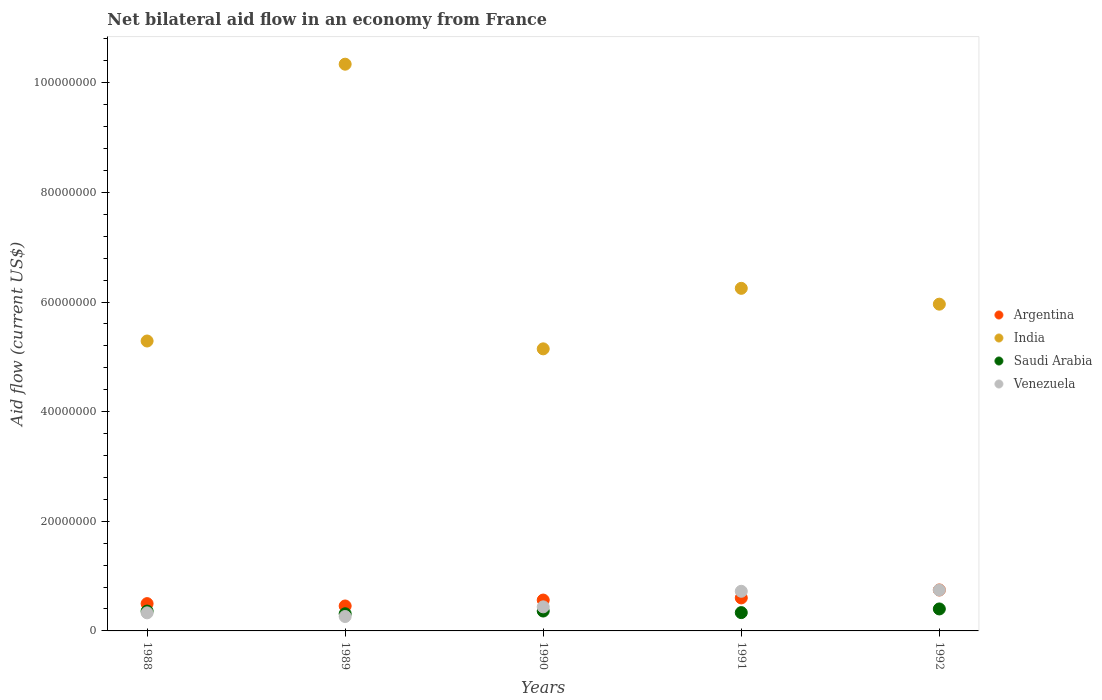
| Years | Argentina | India | Saudi Arabia | Venezuela |
 | --- | --- | --- | --- | --- |
 | 1988 | 4.98e+06 | 5.29e+07 | 3.62e+06 | 3.3e+06 |
 | 1989 | 4.55e+06 | 1.03e+08 | 3.13e+06 | 2.63e+06 |
 | 1990 | 5.63e+06 | 5.15e+07 | 3.63e+06 | 4.39e+06 |
 | 1991 | 6.02e+06 | 6.25e+07 | 3.34e+06 | 7.23e+06 |
 | 1992 | 7.47e+06 | 5.96e+07 | 4.01e+06 | 7.46e+06 |